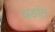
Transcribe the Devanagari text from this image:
घडांत